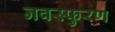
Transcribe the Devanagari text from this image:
नवस्फुरण